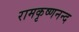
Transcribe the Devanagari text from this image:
रामकृष्णनन्द